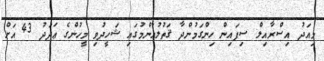
މިއަދު އިސްރާއިލް ސިފައިން ހިންގަމުންދާ ޤަތުލުޢާންމުގައި ޝަހީދުވި މީހުންގެ ޢަދަދު 43 އަށް